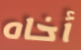
أخاه